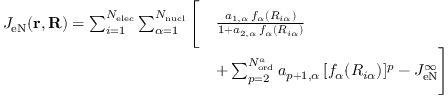
\begin{array} { r l } { J _ { \mathrm { e N } } ( \mathbf { r } , \mathbf { R } ) = \sum _ { i = 1 } ^ { N _ { \mathrm { e l e c } } } \sum _ { \alpha = 1 } ^ { N _ { \mathrm { n u c l } } } \Bigg [ } & { \frac { a _ { 1 , \alpha } \, f _ { \alpha } ( R _ { i \alpha } ) } { 1 + a _ { 2 , \alpha } \, f _ { \alpha } ( R _ { i \alpha } ) } } \\ & { + \sum _ { p = 2 } ^ { N _ { \mathrm { o r d } } ^ { a } } a _ { p + 1 , \alpha } \, [ f _ { \alpha } ( R _ { i \alpha } ) ] ^ { p } - J _ { \mathrm { e N } } ^ { \infty } \Bigg ] } \end{array}